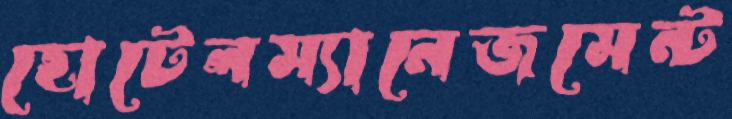
হোটেলম্যানেজমেন্ট